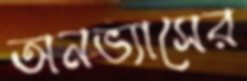
অনভ্যাসের